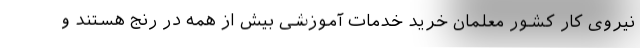
نیروی کار کشور معلمان خرید خدمات آموزشی بیش از همه در رنج هستند و